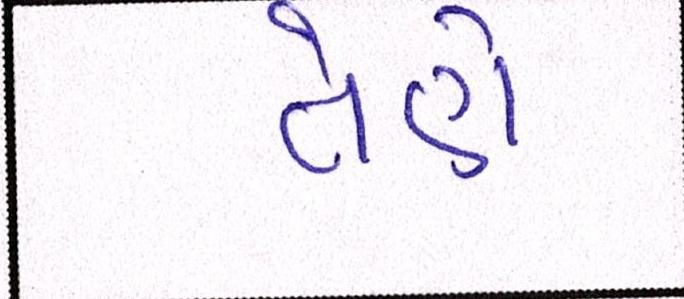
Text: તેણે